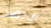
لأنهن